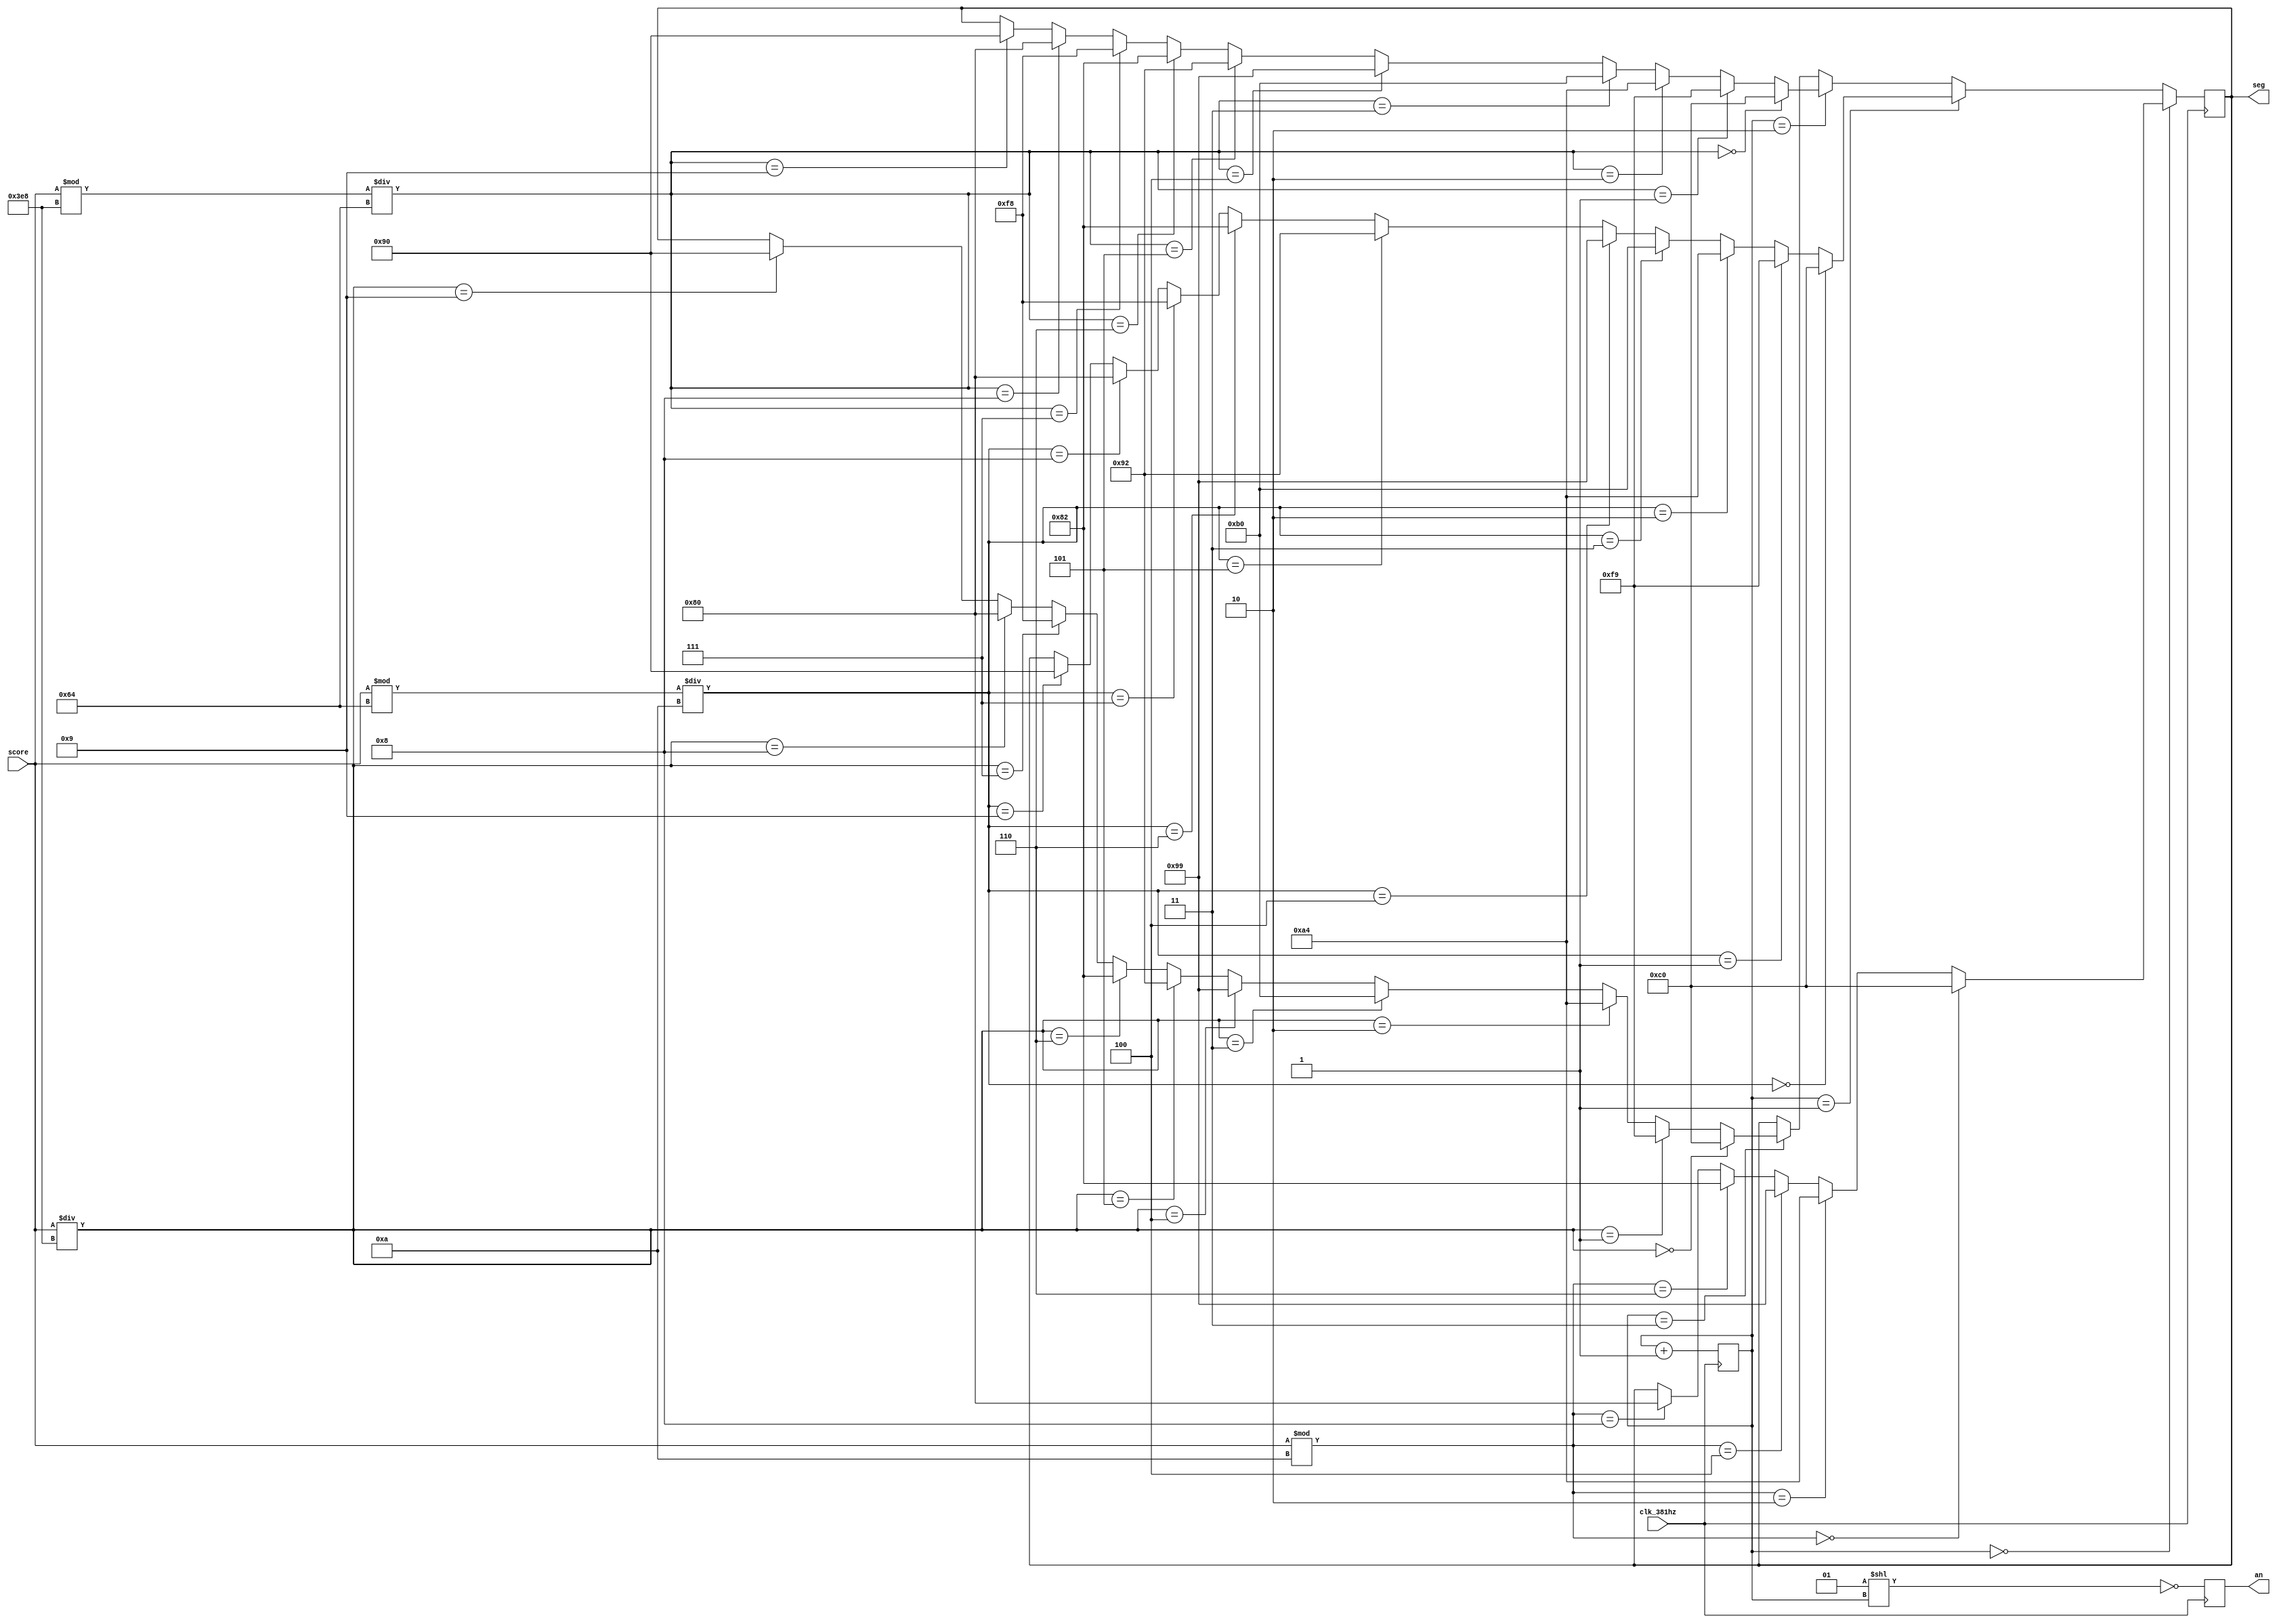
`timescale 1ns / 1ps
//////////////////////////////////////////////////////////////////////////////////
// Company: 
// Engineer: 
// 
// Design Name: 
// Module Name: score_display
// Project Name: 
// Target Devices: 
// Tool Versions: 
// Description: 
// 
// Dependencies: 
// 
// Revision:
// Revision 0.01 - File Created
// Additional Comments:
// 
//////////////////////////////////////////////////////////////////////////////////


module score_display(
    input clk_381hz,
    input [31:0] score,
    output reg [7:0] seg,
    output reg [3:0] an
    );
    
    reg [1:0] count = 0;
    
    always @ (posedge clk_381hz)
    begin
        count <= count + 1;
        an <= ~(1 << count);
        if (count == 0)
            begin
                if (score%10 == 0)
                    seg <= 8'b11000000;
                else if (score%10 == 2)
                    seg <= 8'b10100100;
                else if (score%10 == 4)
                    seg <= 8'b10011001;
                else if (score%10 == 6)
                    seg <= 8'b10000010;
                else if (score%10 == 8)
                    seg <= 8'b10000000;
            end
        else if (count == 1)
            begin
                if (((score%100)/10) == 0)
                    seg <= 8'b11000000;
                else if (((score%100)/10) == 1)
                    seg <= 8'b11111001;
                else if (((score%100)/10) == 2)
                    seg <= 8'b10100100;
                else if (((score%100)/10) == 3)
                    seg <= 8'b10110000;
                else if (((score%100)/10) == 4)
                    seg <= 8'b10011001;
                else if (((score%100)/10) == 5)
                    seg <= 8'b10010010;
                else if (((score%100)/10) == 6)
                    seg <= 8'b10000010;
                else if (((score%100)/10) == 7)
                    seg <= 8'b11111000;
                else if (((score%100)/10) == 8)
                    seg <= 8'b10000000;
                else if (((score%100)/10) == 9)
                    seg <= 8'b10010000;
            end
        else if (count == 2)
            begin
                if (((score%1000)/100) == 0)
                    seg <= 8'b11000000;
                else if (((score%1000)/100) == 1)
                    seg <= 8'b11111001;
                else if (((score%1000)/100) == 2)
                    seg <= 8'b10100100;
                else if (((score%1000)/100) == 3)
                    seg <= 8'b10110000;
                else if (((score%1000)/100) == 4)
                    seg <= 8'b10011001;
                else if (((score%1000)/100) == 5)
                    seg <= 8'b10010010;
                else if (((score%1000)/100) == 6)
                    seg <= 8'b10000010;
                else if (((score%1000)/100) == 7)
                    seg <= 8'b11111000;
                else if (((score%1000)/100) == 8)
                    seg <= 8'b10000000;
                else if (((score%1000)/100) == 9)
                    seg <= 8'b10010000;
            end
        else if (count == 3)
            begin
                if ((score/1000) == 0)
                    seg <= 8'b11000000;
                else if ((score/1000) == 1)
                    seg <= 8'b11111001;
                else if ((score/1000) == 2)
                    seg <= 8'b10100100;
                else if ((score/1000) == 3)
                    seg <= 8'b10110000;
                else if ((score/1000) == 4)
                    seg <= 8'b10011001;
                else if ((score/1000) == 5)
                    seg <= 8'b10010010;
                else if ((score/1000) == 6)
                    seg <= 8'b10000010;
                else if ((score/1000) == 7)
                    seg <= 8'b11111000;
                else if ((score/1000) == 8)
                    seg <= 8'b10000000;
                else if ((score/1000) == 9)
                    seg <= 8'b10010000;
            end
        
    end
endmodule